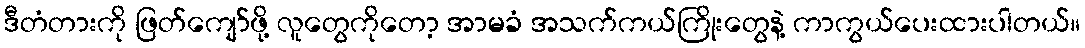
ဒီတံတားကို ဖြတ်ကျော်ဖို့ လူတွေကိုတော့ အာမခံ အသက်ကယ်ကြိုးတွေနဲ့ ကာကွယ်ပေးထားပါတယ်။